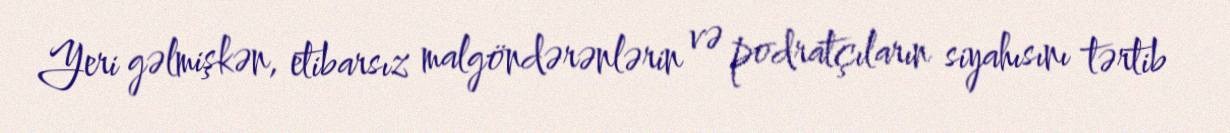
Yeri gəlmişkən, etibarsız malgöndərənlərin və podratçıların siyahısını tərtib